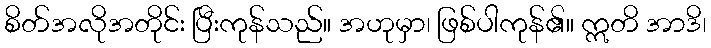
စိတ်အလိုအတိုင်း ပြီးကုန်သည်။ အဟုမှာ၊ ဖြစ်ပါကုန်၏။ ဣတိ အာဒိ၊